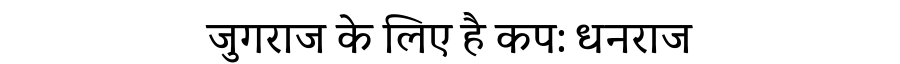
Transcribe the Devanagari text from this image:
जुगराज के लिए है कप: धनराज